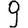
Digit: 9